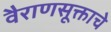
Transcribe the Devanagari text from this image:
वैराणसूक्ताचे